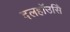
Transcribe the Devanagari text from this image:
दलहॉउसिे